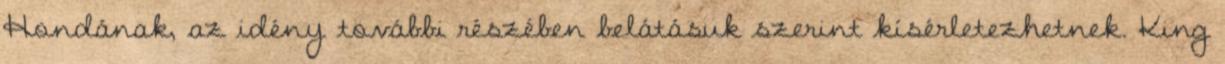
Hondának, az idény további részében belátásuk szerint kísérletezhetnek. King